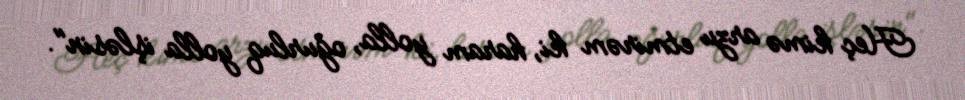
Heç kimə arzu etmirəm ki, haram yolla, oğurluq yolla işləsin".